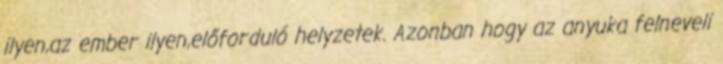
ilyen,az ember ilyen,előforduló helyzetek. Azonban hogy az anyuka felneveli